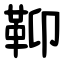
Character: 䩕